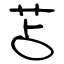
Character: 苫